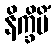
နိက္ခိပိံ